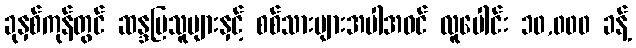
ခုနှစ်ကုန်တွင် ဆန္ဒပြသူများနှင့် စစ်သားများအပါအဝင် လူပေါင်း ၁၀,၀၀၀ ခန့်